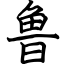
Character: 鲁